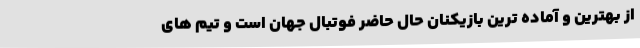
از بهترین و آماده ترین بازیکنان حال حاضر فوتبال جهان است و تیم های